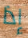
إذا